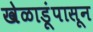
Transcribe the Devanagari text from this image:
खेळाडूंपासून